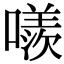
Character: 𠿢